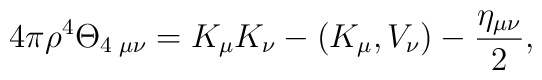
4\pi\rho^{4}\Theta_{4\;\mu\nu}=K_{\mu}K_{\nu} -(K_{\mu},V_{\nu})-\frac{\eta_{\mu\nu}}{2},